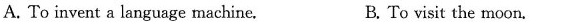
A. To invent a language machine. B. To visit the moon.